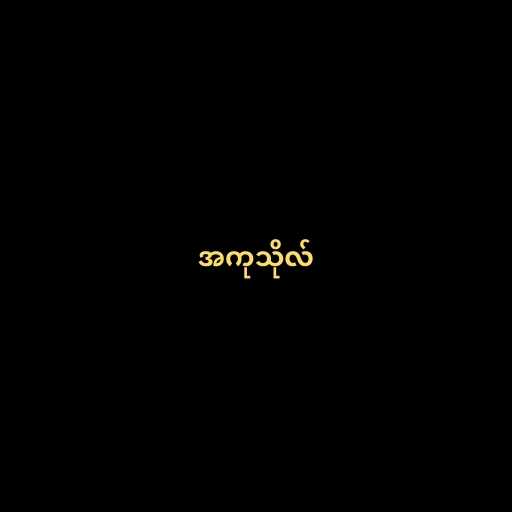
အကုသိုလ်